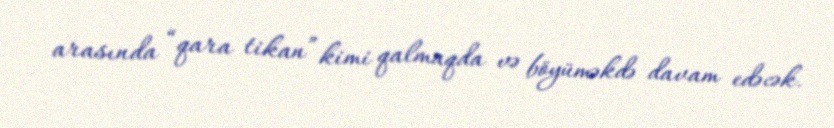
arasında “qara tikan” kimi qalmaqda və böyüməkdə davam edəcək.